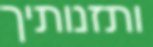
ותזנותיך